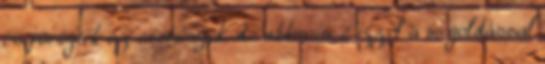
és pörögtek az események, de akkoris. Ezzel a megoldással